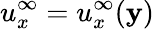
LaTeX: u_{x}^{\infty}=u_{x}^{\infty}(\mathbf{y})